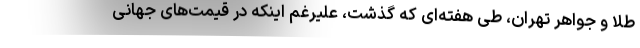
طلا و جواهر تهران، طی هفته‌ای که گذشت، علیرغم اینکه در قیمت‌های جهانی